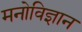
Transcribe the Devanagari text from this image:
मनोविज्ञान